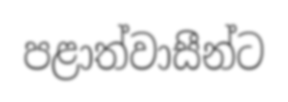
පළාත්වාසීන්ට